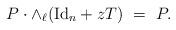
LaTeX: \begin{align*} P \cdot \wedge_\ell ({\rm Id}_n+z T) \,\,= \,\,P . \end{align*}